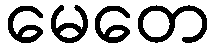
မေတေ